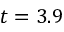
t = 3 . 9